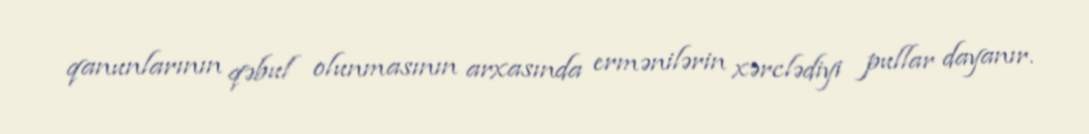
qanunlarının qəbul olunmasının arxasında ermənilərin xərclədiyi pullar dayanır.